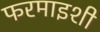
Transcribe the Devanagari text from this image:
फरमाइशी